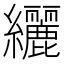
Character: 纚